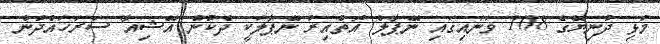
މުޅި ދުނިޔޭގެ 108 ވަނައިގައި ނޭޕާލް އޮތްއިރު ނޭޕާލަކީ ދެކުނު އޭޝިއާ ސަރަހައްދުން